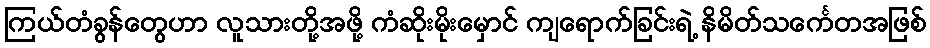
ကြယ်တံခွန်တွေဟာ လူသားတို့အဖို့ ကံဆိုးမိုးမှောင် ကျရောက်ခြင်းရဲ့ နိမိတ်သင်္ကေတအဖြစ်